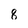
Character: 8